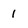
Character: 1